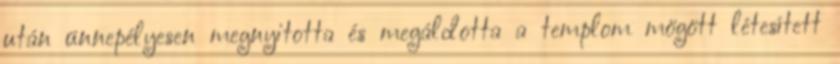
után ünnepélyesen megnyitotta és megáldotta a templom mögött létesített